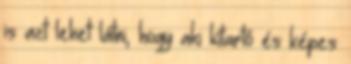
is azt lehet látni, hogy aki kitartó és képes